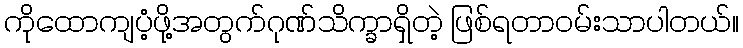
ကိုထောကျပံ့ဖို့အတွက်ဂုဏ်သိက္ခာရှိတဲ့ ဖြစ်ရတာဝမ်းသာပါတယ်။